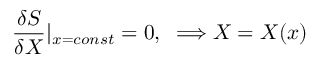
\frac { \delta S } { \delta X } | _ { x = c o n s t } = 0 , \; \; \Longrightarrow X = X ( x )